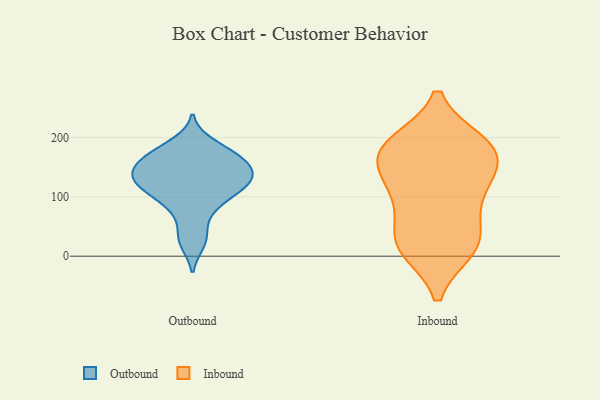
{"axis": {"x": "Population (Million)", "y": "Value"}, "legend": ["Inbound", "Outbound"], "data": [{"x": "", "y": 189, "type": "Outbound"}, {"x": "", "y": 106, "type": "Outbound"}, {"x": "", "y": 113, "type": "Outbound"}, {"x": "", "y": 136, "type": "Outbound"}, {"x": "", "y": 88, "type": "Outbound"}, {"x": "", "y": 175, "type": "Outbound"}, {"x": "", "y": 124, "type": "Outbound"}, {"x": "", "y": 23, "type": "Outbound"}, {"x": "", "y": 169, "type": "Outbound"}, {"x": "", "y": 135, "type": "Outbound"}, {"x": "", "y": 33, "type": "Outbound"}, {"x": "", "y": 169, "type": "Outbound"}, {"x": "", "y": 145, "type": "Outbound"}, {"x": "", "y": 74, "type": "Outbound"}, {"x": "", "y": 133, "type": "Outbound"}, {"x": "", "y": 146, "type": "Outbound"}, {"x": "", "y": 115, "type": "Outbound"}, {"x": "", "y": 162, "type": "Outbound"}, {"x": "", "y": 23, "type": "Inbound"}, {"x": "", "y": 191, "type": "Inbound"}, {"x": "", "y": 12, "type": "Inbound"}, {"x": "", "y": 54, "type": "Inbound"}, {"x": "", "y": 175, "type": "Inbound"}, {"x": "", "y": 191, "type": "Inbound"}, {"x": "", "y": 18, "type": "Inbound"}, {"x": "", "y": 91, "type": "Inbound"}, {"x": "", "y": 146, "type": "Inbound"}, {"x": "", "y": 114, "type": "Inbound"}, {"x": "", "y": 177, "type": "Inbound"}, {"x": "", "y": 152, "type": "Inbound"}, {"x": "", "y": 14, "type": "Inbound"}, {"x": "", "y": 113, "type": "Inbound"}, {"x": "", "y": 186, "type": "Inbound"}]}